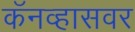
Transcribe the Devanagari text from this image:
कॅनव्हासवर